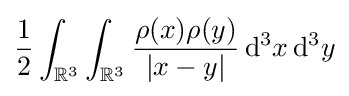
{\frac {1}{2}}\int _{\mathbb {R} ^{3}}\int _{\mathbb {R} ^{3}}{\frac {\rho (x)\rho (y)}{|x-y|}}\,\mathrm {d} ^{3}x\,\mathrm {d} ^{3}y